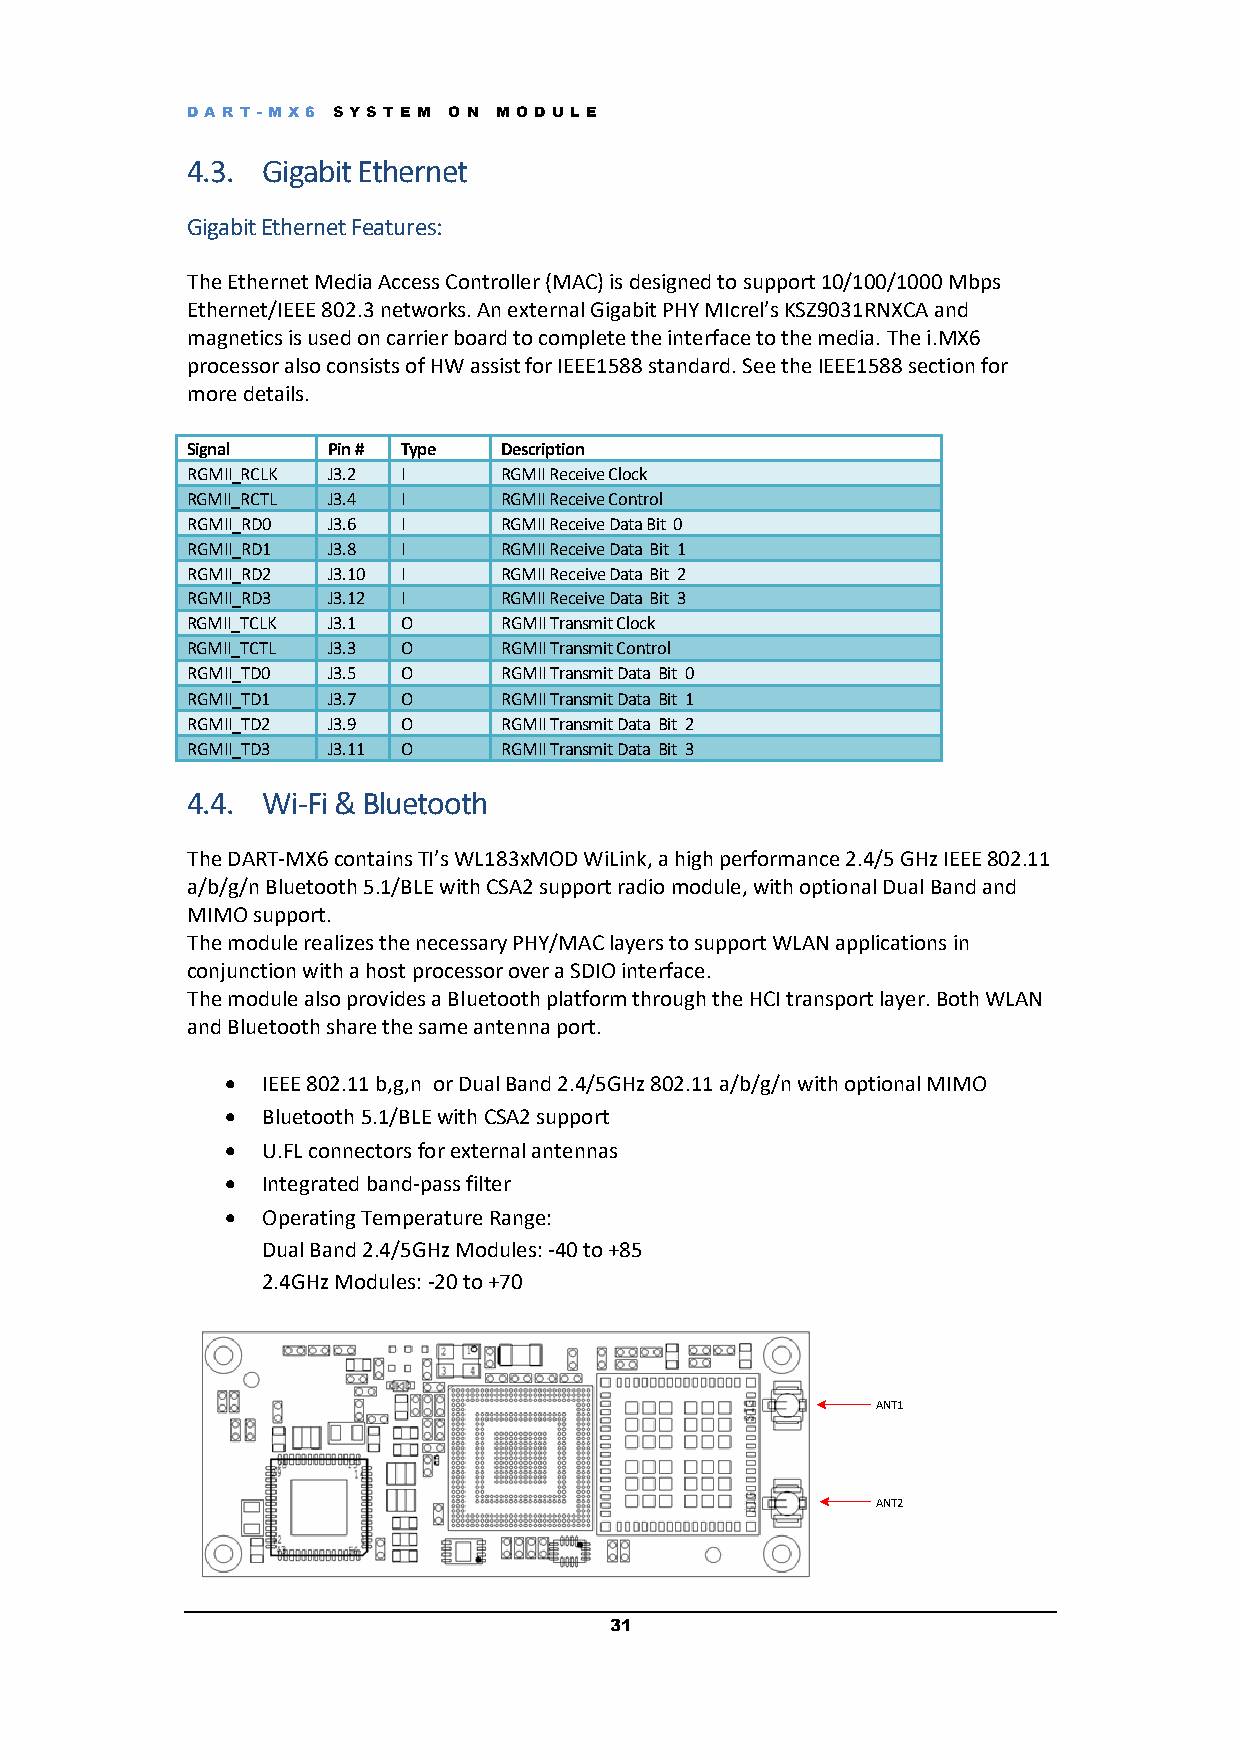
DART -M X6 S YS T E M O N M OD UL E
 4.3. Gigabit Ethernet
 Gigabit Ethernet Features:
 The Ethernet Media Access Controller (MAC) is designed to support 10/100/1000 Mbps
 Ethernet/IEEE 802.3 networks. An external Gigabit PHY MIcrel’s KSZ9031RNXCA and
 magnetics is used on carrier board to complete the interface to the media. The i.MX6
 processor also consists of HW assist for IEEE1588 standard. See the IEEE1588 section for
 more details.
 Signal    Pin # Type Description
 RGMII_RCLK J3.2 I    RGMII Receive Clock
 RGMII_RCTL J3.4 I    RGMII Receive Control
 RGMII_RD0 J3.6 I     RGMII Receive Data Bit 0
 RGMII_RD1 J3.8 I     RGMII Receive Data Bit 1
 RGMII_RD2 J3.10 I    RGMII Receive Data Bit 2
 RGMII_RD3 J3.12 I    RGMII Receive Data Bit 3
 RGMII_TCLK J3.1 O    RGMII Transmit Clock
 RGMII_TCTL J3.3 O    RGMII Transmit Control
 RGMII_TD0 J3.5 O     RGMII Transmit Data Bit 0
 RGMII_TD1 J3.7 O     RGMII Transmit Data Bit 1
 RGMII_TD2 J3.9 O     RGMII Transmit Data Bit 2
 RGMII_TD3 J3.11 O    RGMII Transmit Data Bit 3
 4.4. Wi-Fi & Bluetooth
 The DART-MX6 contains TI’s WL183xMOD WiLink, a high performance 2.4/5 GHz IEEE 802.11
 a/b/g/n Bluetooth 5.1/BLE with CSA2 support radio module, with optional Dual Band and
 MIMO support.
 The module realizes the necessary PHY/MAC layers to support WLAN applications in
 conjunction with a host processor over a SDIO interface.
 The module also provides a Bluetooth platform through the HCI transport layer. Both WLAN
 and Bluetooth share the same antenna port.
 • IEEE 802.11 b,g,n or Dual Band 2.4/5GHz 802.11 a/b/g/n with optional MIMO
 • Bluetooth 5.1/BLE with CSA2 support
 • U.FL connectors for external antennas
 • Integrated band-pass filter
 • Operating Temperature Range:
 Dual Band 2.4/5GHz Modules: -40 to +85
 2.4GHz Modules: -20 to +70
 ANT1
 ANT2
 31